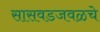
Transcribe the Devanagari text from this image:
सासवडजवळचे